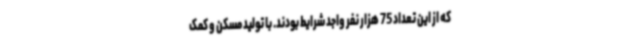
که از این تعداد 75 هزار نفر واجد شرایط بودند. با تولید مسکن و کمک